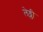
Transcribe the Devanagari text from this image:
लेड्ली